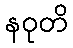
နဝုတိ